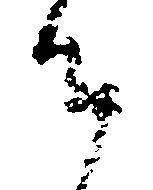
御